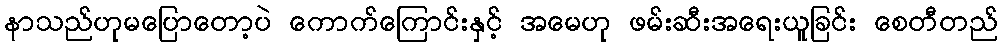
နာသည်ဟုမပြောတော့ပဲ ကောက်ကြောင်းနှင့် အမေဟု ဖမ်းဆီးအရေးယူခြင်း စေတီတည်